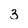
Character: 3